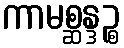
ကာမစ္ဆန္ဒဉ္စ